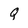
Character: Q